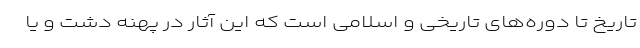
تاریخ تا دوره‌های تاریخی و اسلامی است که این آثار در پهنه دشت و یا